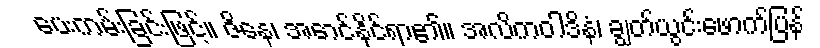
ပေးကမ်းခြင်းဖြင့်။ ဇိနေ၊ အောင်နိုင်ရာ၏။ အလိကဝါဒိနံ၊ ချွတ်ယွင်းဖောက်ပြန်